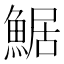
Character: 䱟